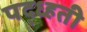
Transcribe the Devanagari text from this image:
पद्ध्हती